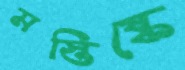
মস্তিষ্কে